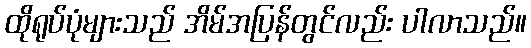
ထိုရုပ်ပုံများသည် အိမ်အပြန်တွင်လည်း ပါလာသည်။